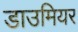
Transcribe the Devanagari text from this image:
डाउमियर